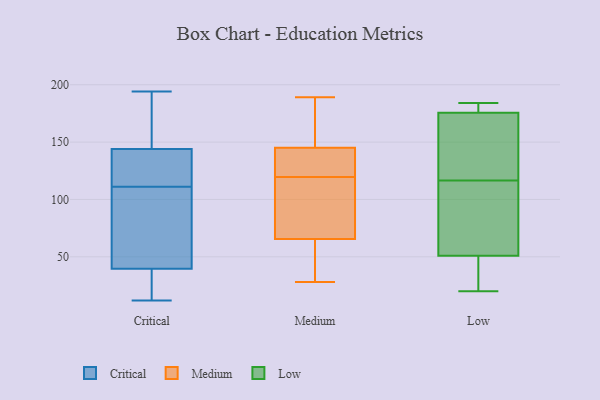
{"axis": {"x": "Satisfaction Score", "y": "Value"}, "legend": ["Critical", "Low", "Medium"], "data": [{"x": "", "y": 32, "type": "Critical"}, {"x": "", "y": 90, "type": "Critical"}, {"x": "", "y": 21, "type": "Critical"}, {"x": "", "y": 142, "type": "Critical"}, {"x": "", "y": 176, "type": "Critical"}, {"x": "", "y": 142, "type": "Critical"}, {"x": "", "y": 121, "type": "Critical"}, {"x": "", "y": 12, "type": "Critical"}, {"x": "", "y": 194, "type": "Critical"}, {"x": "", "y": 117, "type": "Critical"}, {"x": "", "y": 176, "type": "Critical"}, {"x": "", "y": 85, "type": "Critical"}, {"x": "", "y": 60, "type": "Critical"}, {"x": "", "y": 160, "type": "Critical"}, {"x": "", "y": 146, "type": "Critical"}, {"x": "", "y": 105, "type": "Critical"}, {"x": "", "y": 122, "type": "Critical"}, {"x": "", "y": 35, "type": "Critical"}, {"x": "", "y": 36, "type": "Critical"}, {"x": "", "y": 43, "type": "Critical"}, {"x": "", "y": 53, "type": "Medium"}, {"x": "", "y": 95, "type": "Medium"}, {"x": "", "y": 125, "type": "Medium"}, {"x": "", "y": 153, "type": "Medium"}, {"x": "", "y": 130, "type": "Medium"}, {"x": "", "y": 78, "type": "Medium"}, {"x": "", "y": 137, "type": "Medium"}, {"x": "", "y": 86, "type": "Medium"}, {"x": "", "y": 129, "type": "Medium"}, {"x": "", "y": 170, "type": "Medium"}, {"x": "", "y": 132, "type": "Medium"}, {"x": "", "y": 30, "type": "Medium"}, {"x": "", "y": 186, "type": "Medium"}, {"x": "", "y": 114, "type": "Medium"}, {"x": "", "y": 32, "type": "Medium"}, {"x": "", "y": 189, "type": "Medium"}, {"x": "", "y": 80, "type": "Medium"}, {"x": "", "y": 28, "type": "Medium"}, {"x": "", "y": 30, "type": "Medium"}, {"x": "", "y": 176, "type": "Medium"}, {"x": "", "y": 79, "type": "Low"}, {"x": "", "y": 184, "type": "Low"}, {"x": "", "y": 154, "type": "Low"}, {"x": "", "y": 179, "type": "Low"}, {"x": "", "y": 54, "type": "Low"}, {"x": "", "y": 172, "type": "Low"}, {"x": "", "y": 179, "type": "Low"}, {"x": "", "y": 183, "type": "Low"}, {"x": "", "y": 24, "type": "Low"}, {"x": "", "y": 48, "type": "Low"}, {"x": "", "y": 20, "type": "Low"}, {"x": "", "y": 47, "type": "Low"}, {"x": "", "y": 163, "type": "Low"}, {"x": "", "y": 79, "type": "Low"}, {"x": "", "y": 169, "type": "Low"}, {"x": "", "y": 64, "type": "Low"}]}